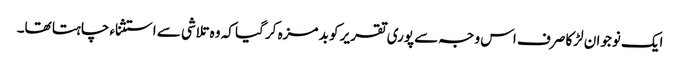
ایک نوجوان لڑکا صرف اس وجہ سے پوری تقریر کو بد مزہ کر گیا کہ وہ تلاشی سے استثناء چاہتا تھا۔